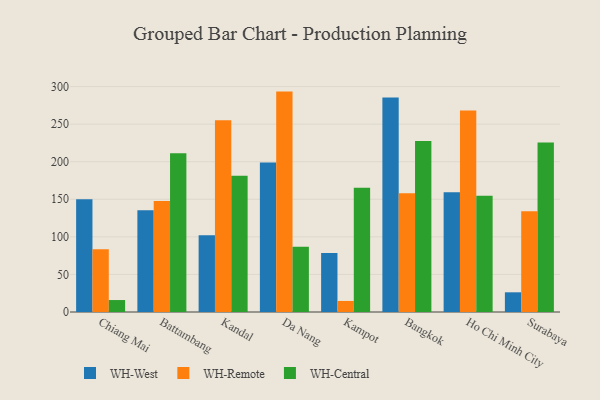
{"axis": {"x": "City", "y": "Bounce Rate (%)"}, "legend": ["WH-Central", "WH-Remote", "WH-West"], "data": [{"x": "Chiang Mai", "y": 150.0, "type": "WH-West"}, {"x": "Chiang Mai", "y": 83.5, "type": "WH-Remote"}, {"x": "Chiang Mai", "y": 15.9, "type": "WH-Central"}, {"x": "Battambang", "y": 135.3, "type": "WH-West"}, {"x": "Battambang", "y": 147.8, "type": "WH-Remote"}, {"x": "Battambang", "y": 211.2, "type": "WH-Central"}, {"x": "Kandal", "y": 102.3, "type": "WH-West"}, {"x": "Kandal", "y": 255.1, "type": "WH-Remote"}, {"x": "Kandal", "y": 181.2, "type": "WH-Central"}, {"x": "Da Nang", "y": 199.0, "type": "WH-West"}, {"x": "Da Nang", "y": 293.3, "type": "WH-Remote"}, {"x": "Da Nang", "y": 86.7, "type": "WH-Central"}, {"x": "Kampot", "y": 78.6, "type": "WH-West"}, {"x": "Kampot", "y": 14.7, "type": "WH-Remote"}, {"x": "Kampot", "y": 165.2, "type": "WH-Central"}, {"x": "Bangkok", "y": 285.4, "type": "WH-West"}, {"x": "Bangkok", "y": 158.1, "type": "WH-Remote"}, {"x": "Bangkok", "y": 227.6, "type": "WH-Central"}, {"x": "Ho Chi Minh City", "y": 159.5, "type": "WH-West"}, {"x": "Ho Chi Minh City", "y": 268.0, "type": "WH-Remote"}, {"x": "Ho Chi Minh City", "y": 154.6, "type": "WH-Central"}, {"x": "Surabaya", "y": 26.2, "type": "WH-West"}, {"x": "Surabaya", "y": 134.0, "type": "WH-Remote"}, {"x": "Surabaya", "y": 225.4, "type": "WH-Central"}]}